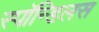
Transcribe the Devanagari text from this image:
स्पॉन्डिलस